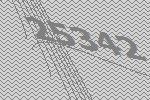
25342